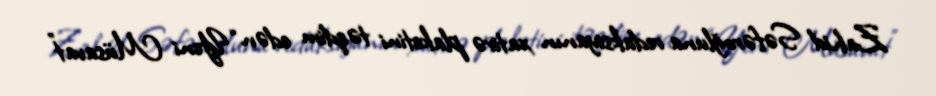
Zahid Səfəroğluna redaksiyanın xatirə plaketini təqdim edən “Yeni Müsavat”